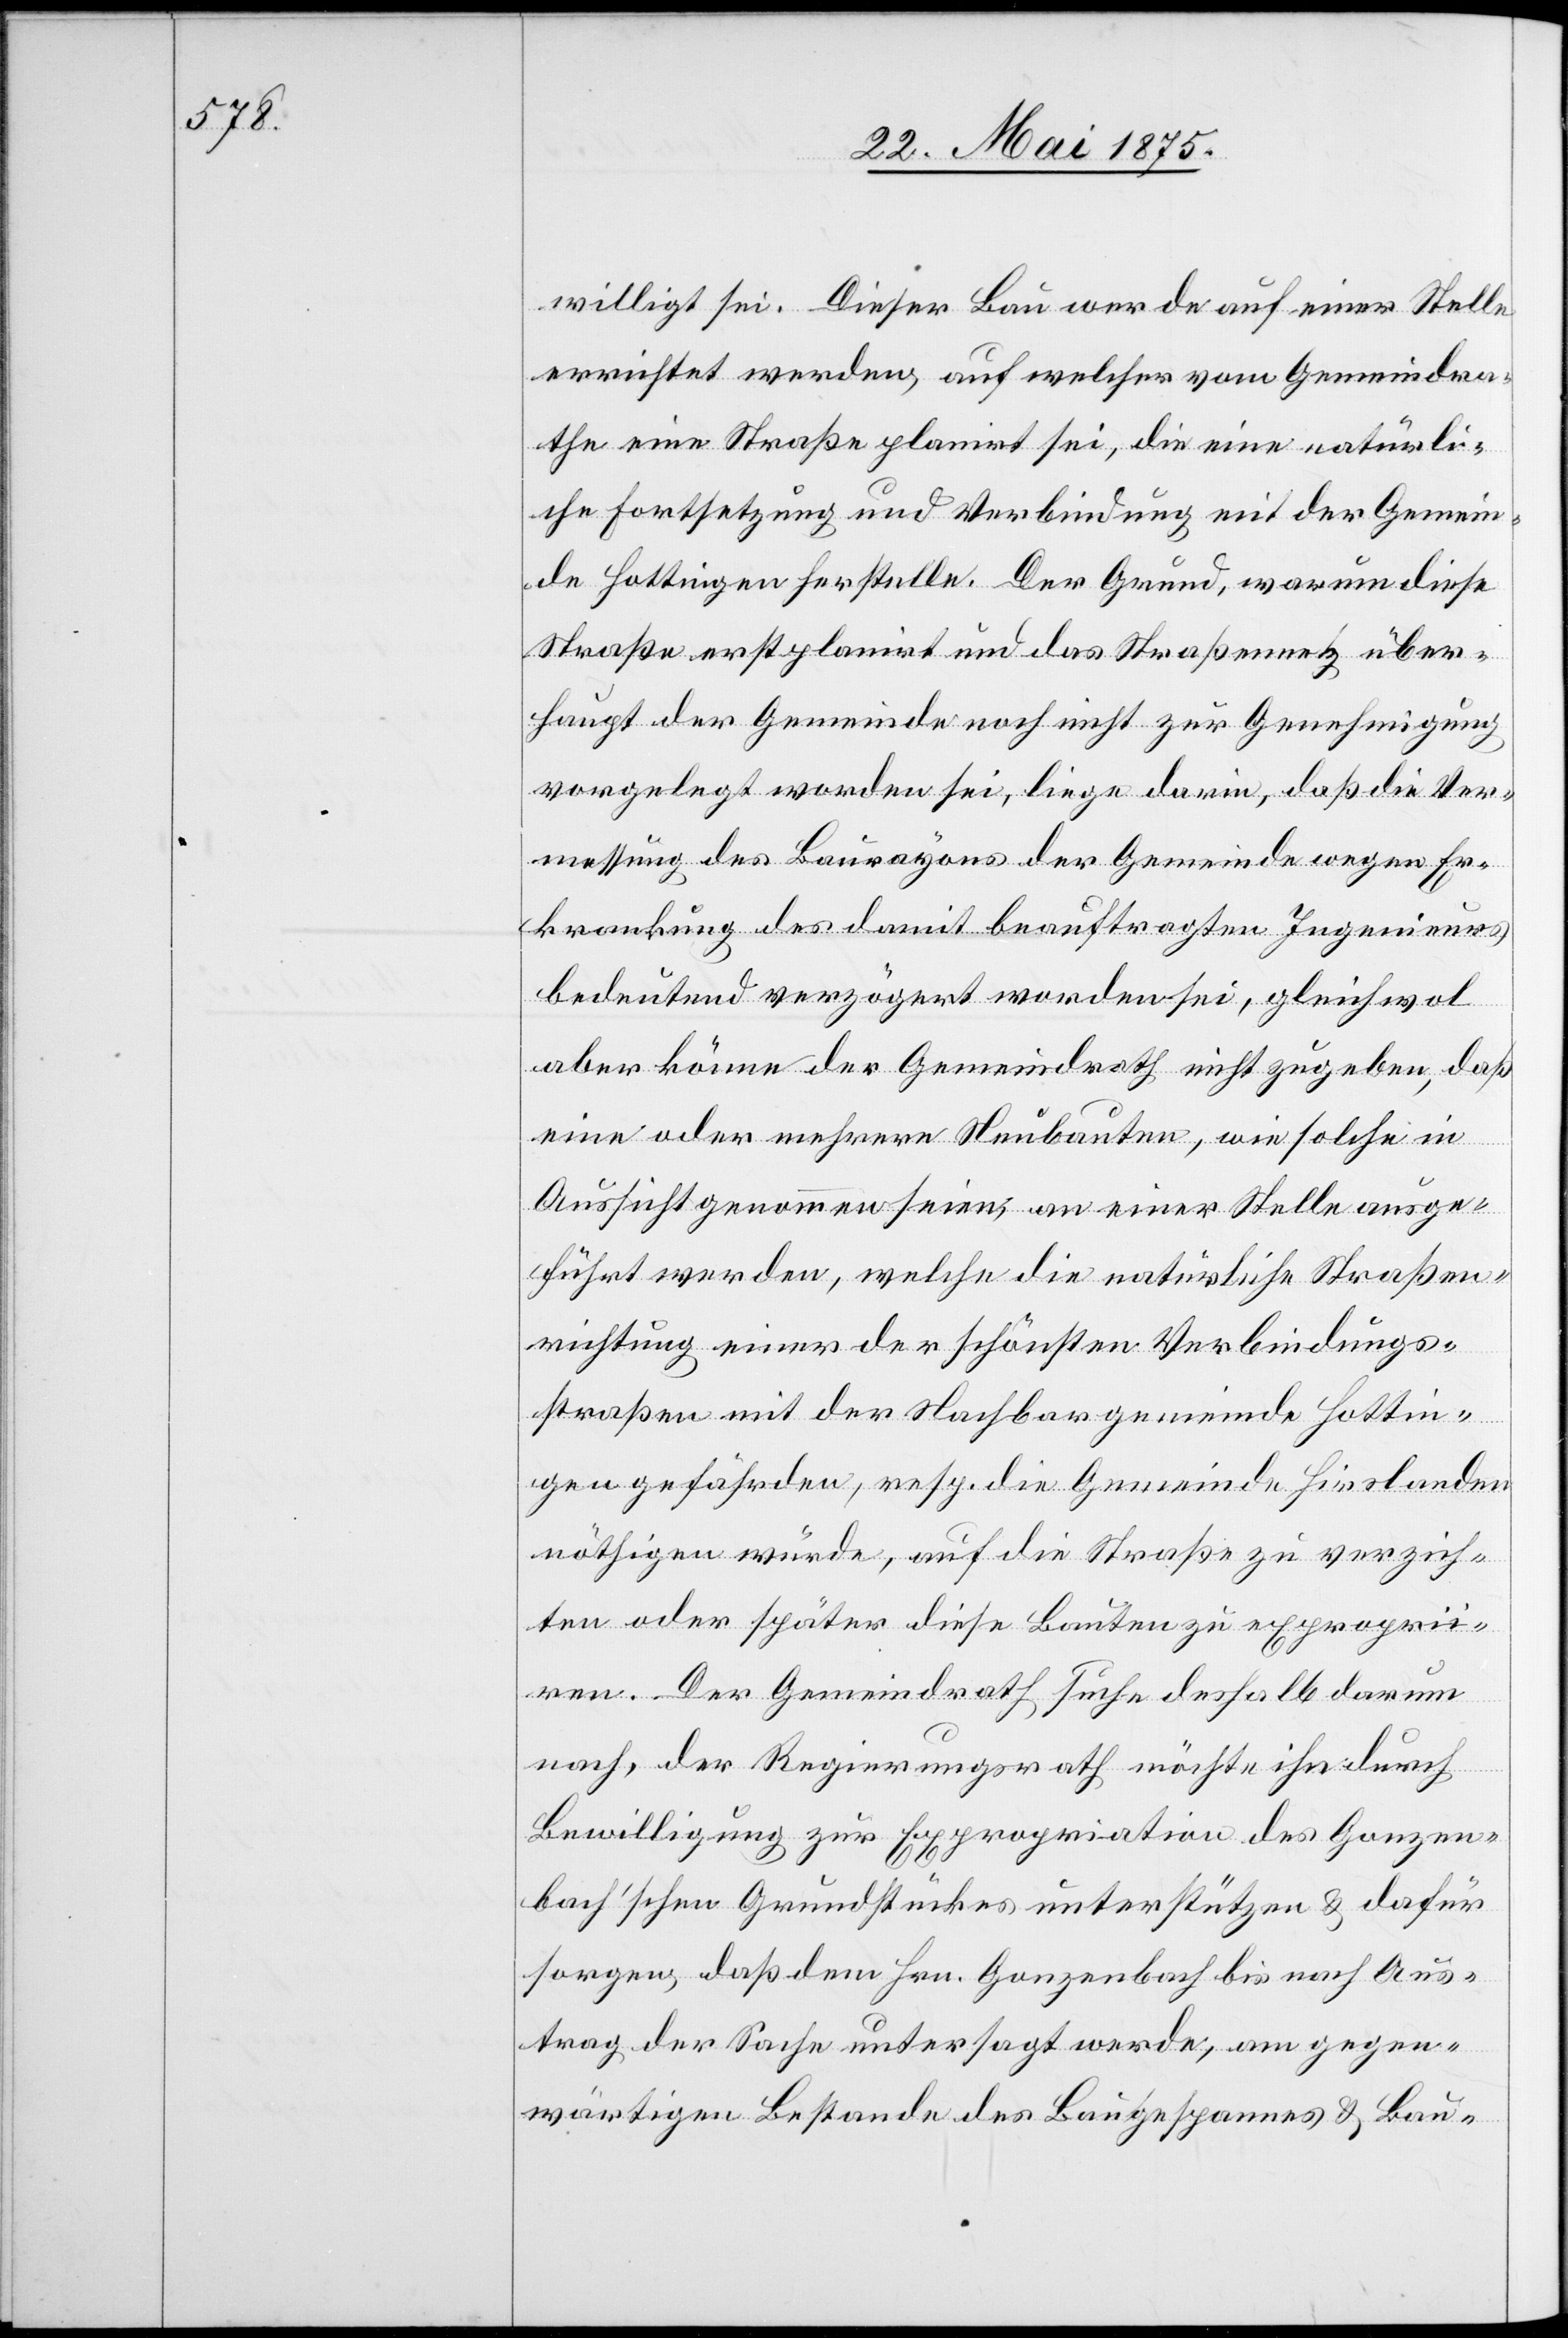
willigt sei. Dieser Bau werde auf einer Stelle
errichtet werden, auf welcher vom Gemeindra¬
the eine Straße planirt sei, die eine natürli¬
che Fortsetzung und Verbindung mit der Gemein¬
de Hottingen herstelle. Der Grund, warum diese
Straße erst planirt und das Straßennetz über¬
haupt der Gemeinde noch nicht zur Genehmigung
vorgelegt worden sei, liege darin, daß die Ver¬
messung des Baurayons der Gemeinde wegen Er¬
krankung des damit beauftragten Ingenieurs
bedeutend verzögert worden sei, gleichwol
aber könne der Gemeindrath nicht zugeben, daß
eine oder mehrere Neubauten, wie solche in
Aussicht genommen seien, an einer Stelle ausge¬
führt werden, welche die natürliche Straßen¬
richtung einer der schönsten Verbindungs¬
straßen mit der Nachbargemeinde Hottin¬
gen gefährden, resp. die Gemeinde Hirslanden
nöthigen würde, auf die Straße zu verzich¬
ten oder später diese Bauten zu exproproprii¬
ren. Der Gemeindrath suche daselbst darum
nach, der Regierungsrath möchte ihn durch
Bewilligung zur Expropriation des Gonzen¬
bach’schen Grundstückes unterstützen & dafür
sorgen, daß dem Hrn. Gonzenbach bis nach Aus¬
trag der Sache untersagt werde, am gegen¬
wärtigen Bestande des Baugespannes & Bau-